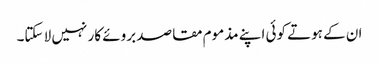
ان کے ہوتے کوئی اپنے مذموم مقاصد بروئے کار نہیں لا سکتا۔